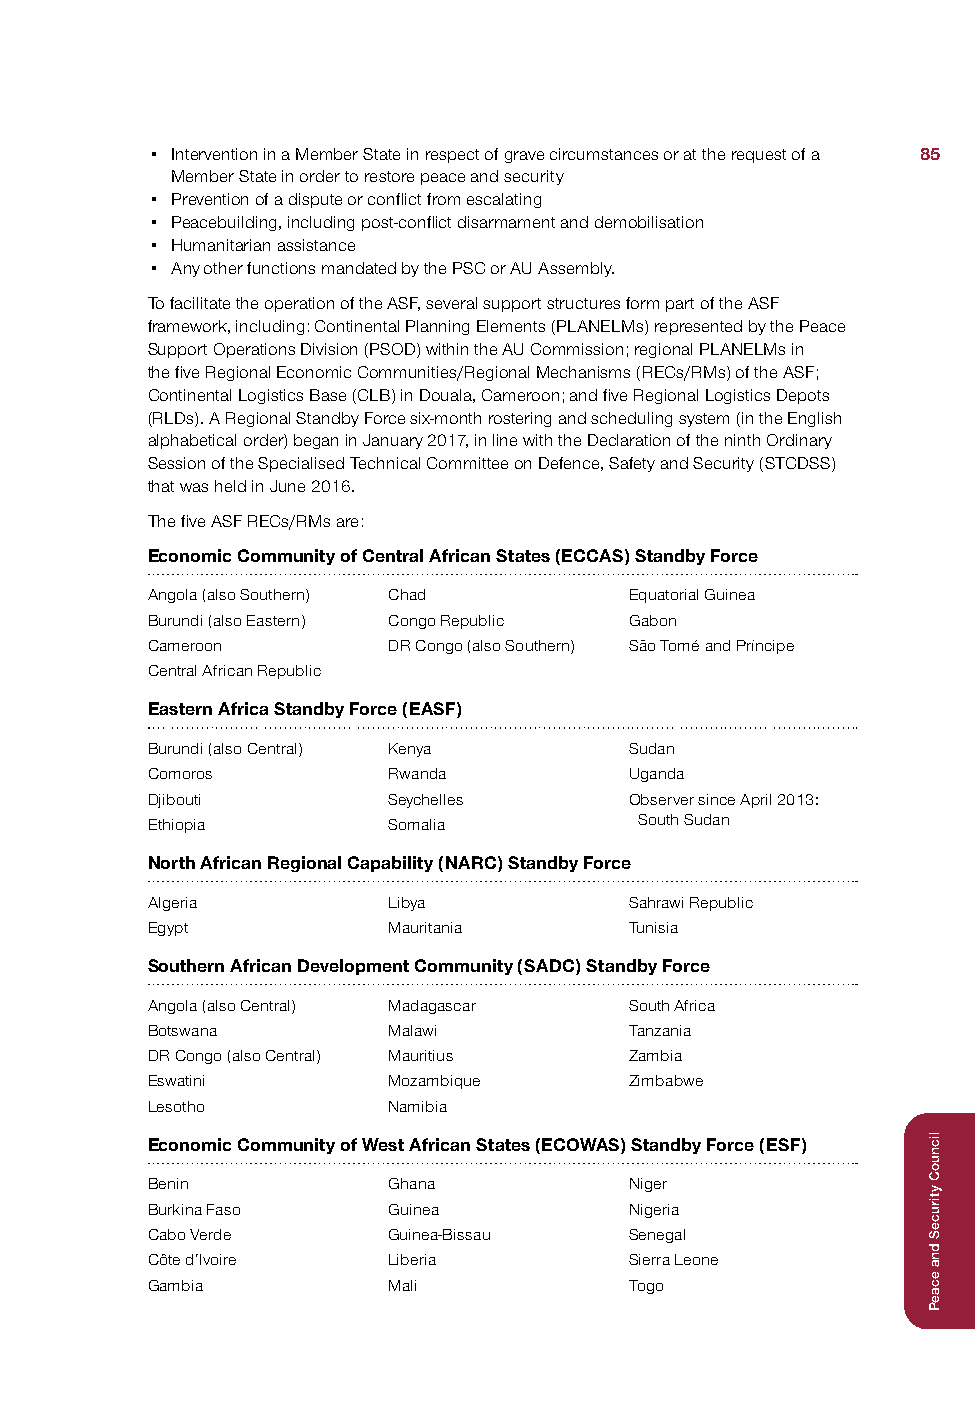
• Intervention in a Member State in respect of grave circumstances or at the request of a 85
 Member State in order to restore peace and security
 • Prevention of a dispute or conflict from escalating
 • Peacebuilding, including post-conflict disarmament and demobilisation
 • Humanitarian assistance
 • Any other functions mandated by the PSC or AU Assembly.
 To facilitate the operation of the ASF, several support structures form part of the ASF
 framework, including: Continental Planning Elements (PLANELMs) represented by the Peace
 Support Operations Division (PSOD) within the AU Commission; regional PLANELMs in
 the five Regional Economic Communities/Regional Mechanisms (RECs/RMs) of the ASF;
 Continental Logistics Base (CLB) in Douala, Cameroon; and five Regional Logistics Depots
 (RLDs). A Regional Standby Force six-month rostering and scheduling system (in the English
 alphabetical order) began in January 2017, in line with the Declaration of the ninth Ordinary
 Session of the Specialised Technical Committee on Defence, Safety and Security (STCDSS)
 that was held in June 2016.
 The five ASF RECs/RMs are:
 Economic Community of Central African States (ECCAS) Standby Force
 Angola (also Southern) Chad     Equatorial Guinea
 Burundi (also Eastern) Congo Republic Gabon
 Cameroon        DR Congo (also Southern) São Tomé and Príncipe
 Central African Republic
 Eastern Africa Standby Force (EASF)
 Burundi (also Central) Kenya    Sudan
 Comoros         Rwanda          Uganda
 Djibouti        Seychelles      Observer since April 2013:
 Ethiopia        Somalia         South Sudan
 North African Regional Capability (NARC) Standby Force
 Algeria         Libya           Sahrawi Republic
 Egypt           Mauritania      Tunisia
 Southern African Development Community (SADC) Standby Force
 Angola (also Central) Madagascar South Africa
 Botswana        Malawi          Tanzania
 DR Congo (also Central) Mauritius Zambia
 Eswatini        Mozambique      Zimbabwe
 Lesotho         Namibia
 Economic Community of West African States (ECOWAS) Standby Force (ESF)
 Benin           Ghana           Niger
 Burkina Faso    Guinea          Nigeria
 Cabo Verde      Guinea-Bissau   Senegal
 Côte d’Ivoire   Liberia         Sierra Leone
 Gambia          Mali            Togo
 licnuoC
 ytiruceS
 dna
 ecaeP